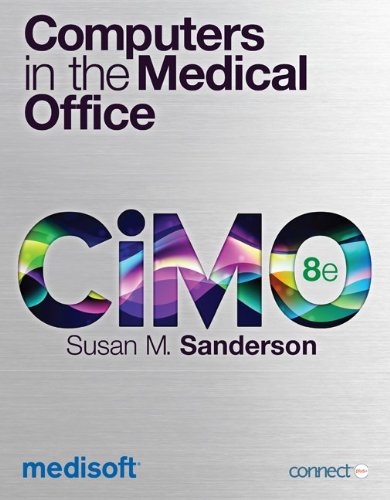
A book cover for Computers in the Medical Office; Susan Sanderson; Medical Books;